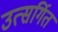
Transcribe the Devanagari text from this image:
उत्सर्गित